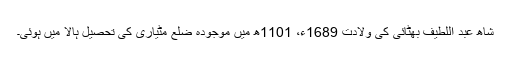
شاھ عبد اللطیف بھٹائی کی ولادت 1689ء، 1101ھ میں موجودہ ضلع مٹیاری کی تحصیل ہالا میں ہوئی۔